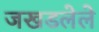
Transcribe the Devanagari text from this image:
जखडलेले